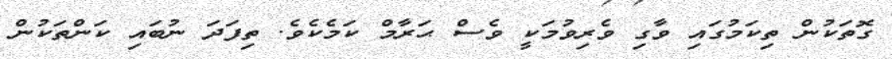
ގޮތަކުން ތިކަމުގައި ވާގި ވެރިވުމަކީ ވެސް ޙަރާމް ކަމެކެވެ. ތިފަދަ ނުބައި ކަންތަކުން